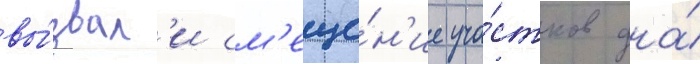
вы́звал'и см'еще́н'ие уча́стков дна́